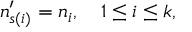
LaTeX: n _ { s ( i ) } ^ { \prime } = n _ { i } , \quad 1 \leq i \leq k ,